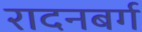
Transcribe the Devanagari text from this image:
रादनबर्ग